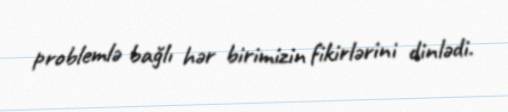
problemlə bağlı hər birimizin fikirlərini dinlədi.